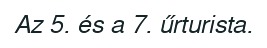
Az 5. és a 7. űrturista.